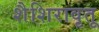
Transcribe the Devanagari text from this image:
शैशिरावृतू